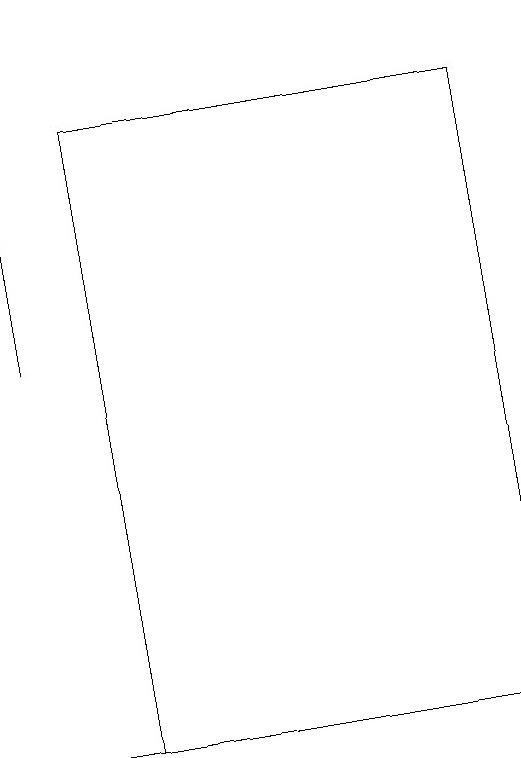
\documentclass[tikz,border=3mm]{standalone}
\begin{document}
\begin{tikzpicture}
\draw (1,18) rectangle (6,10);
\draw (0,19) rectangle (0,15);
\draw[->] (2,10) -- (0,10);
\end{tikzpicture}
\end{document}